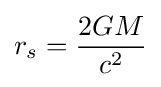
r_{s}={\frac {2GM}{c^{2}}}